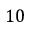
1 0